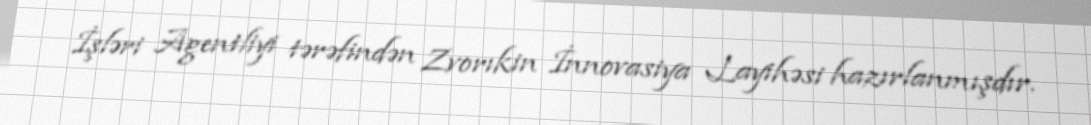
İşləri Agentliyi tərəfindən Zvorıkin İnnovasiya Layihəsi hazırlanmışdır.